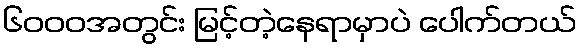
၆၀၀၀အတွင်း မြင့်တဲ့နေရာမှာပဲ ပေါက်တယ်